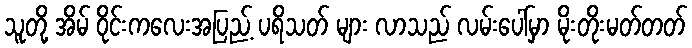
သူတို့ အိမ် ဝိုင်းကလေးအပြည့် ပရိသတ် များ လာသည် လမ်းပေါ်မှာ မိုးတိုးမတ်တတ်